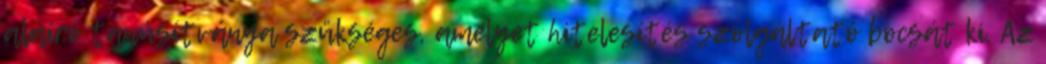
aláíró tanúsítványa szükséges, amelyet hitelesítés szolgáltató bocsát ki. Az